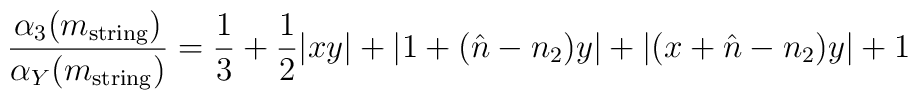
\frac{\alpha_3(m_{\rm string})}{\alpha_Y(m_{\rm string})}=\frac{1}{3}+\frac{1}{2}|xy|+|1+(\hat{n}-n_2)y|+|(x+\hat{n}-n_2)y| + 1